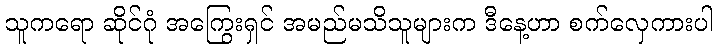
သူကရော ဆိုင်ဂုံ အကြွေးရှင် အမည်မသိသူများက ဒီနေ့ဟာ စက်လှေကားပါ